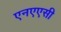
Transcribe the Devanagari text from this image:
एनएएसी